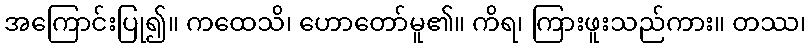
အကြောင်းပြု၍။ ကထေသိ၊ ဟောတော်မူ၏။ ကိရ၊ ကြားဖူးသည်ကား။ တဿ၊